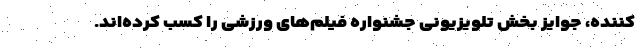
کننده، جوایز بخش تلویزیونی جشنواره فیلم‌های ورزشی را کسب کرده‌اند.